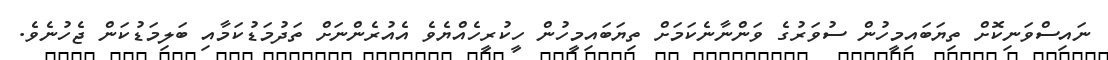
ނައިސްވަނިކޮށް ތިޔަބައިމީހުން ސުވަރުގެ ވަންނާނެކަމަށް ތިޔަބައިމީހުން ހީކުރީހެއްޔެވެ އެއުރެންނަށް ތަދުމަޑުކަމާއި ބަލިމަޑުކަން ޖެހުނެވެ.